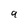
Character: 9